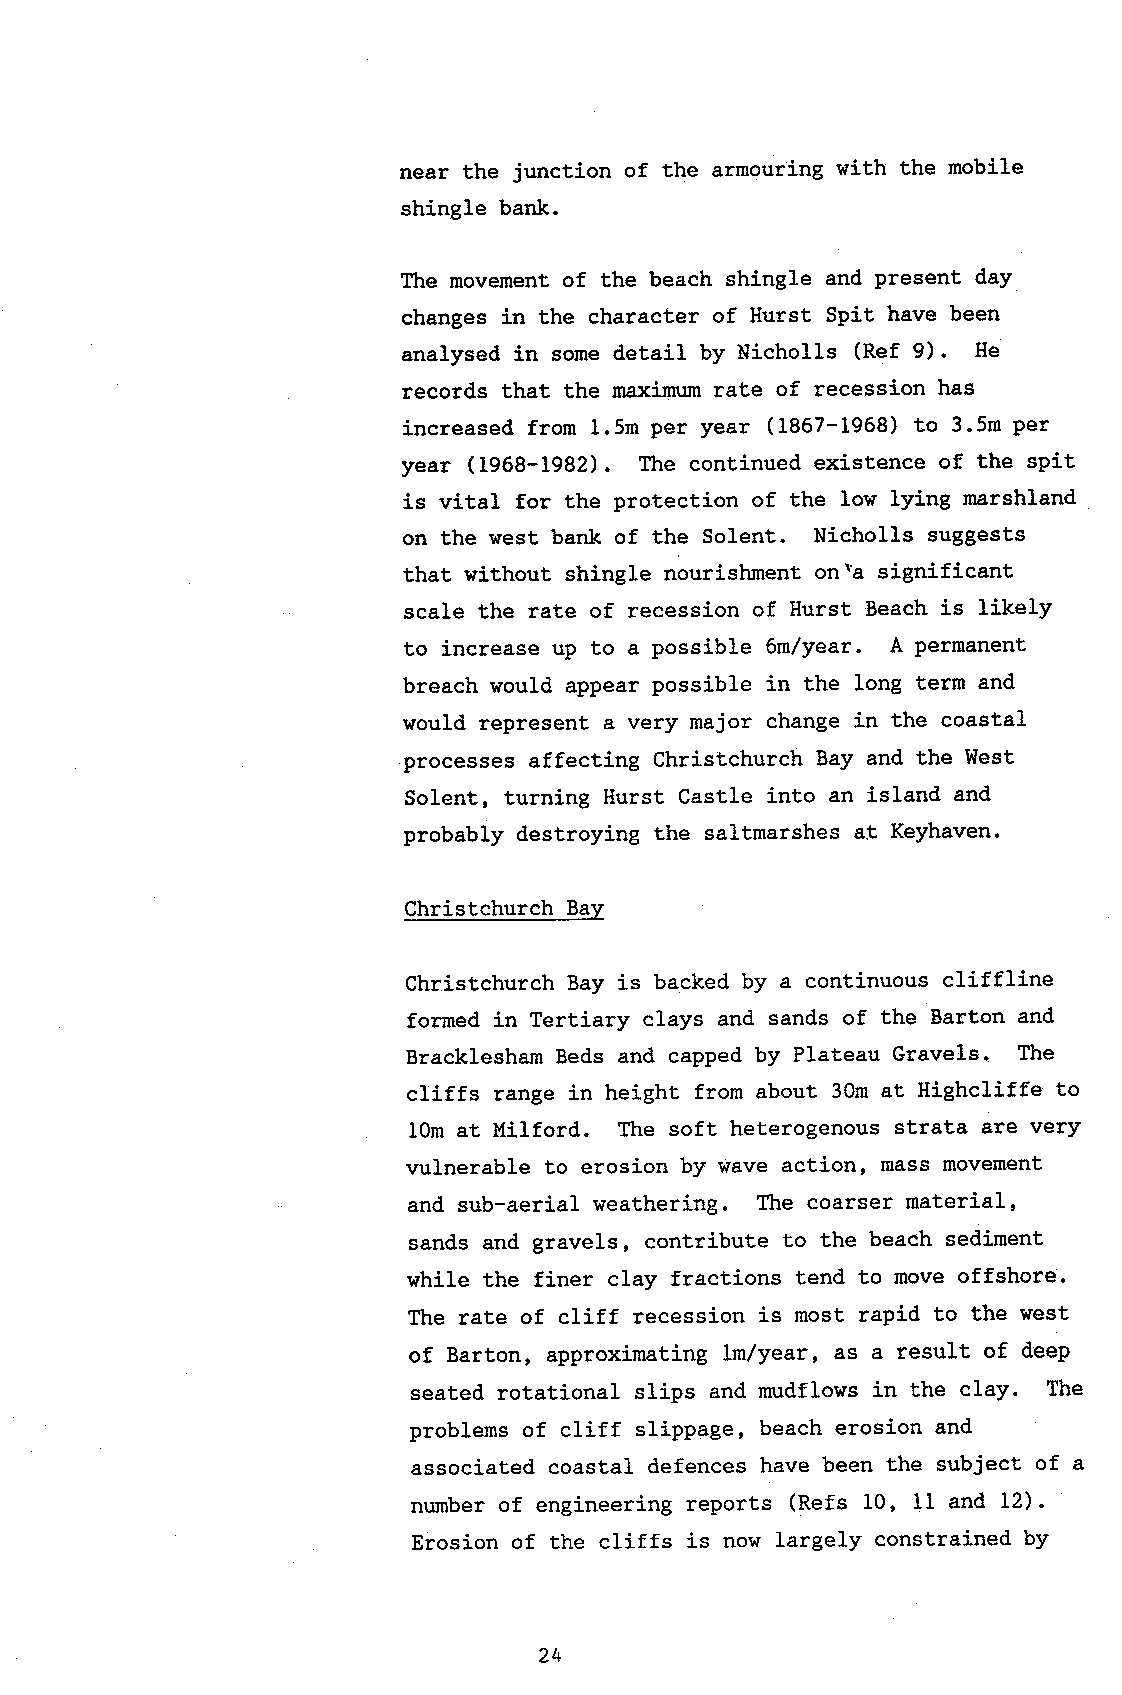
near the junction of the armouring with the mobile
 shingle bank.
 The movement of the beach shingle and present day
 changes in the character of Hurst Spit have been
 analysed in some detail by Nicholls (Ref 9). He
 records that the maximum rate of recession has
 increased from l.5m per year (1867-1968) to 3.5m per
 year (1968-1982). The continued existence of the spit
 is vital for the protection of the low lying marshland
 on the west bank of the Solent. Nicholls suggests
 that without shingle nourishment onla significant
 scale the rate of recession of Hurst Beach is likely
 to increase up to a possible 6mlyear. A permanent
 breach would appear possible in the long terrn and
 would represent a very major change in the coastal
 processes affecting Christchurch Bay and the West
 Solent, turning Hurst Castle into an island and
 probably destroying the saltmarshes at Keyhaven.
 Christchurch Bav
 Christchurch Bay is backed by a continuous cliffline
 formed in Tertiary clays and sands of the Barton and
 Bracklesham Beds and capped by Plateau Gravels. The
 cliffs range in height from about 30m at Highcliffe to
 lOm at Milford. The soft heterogenous strata are very
 vulnerable to erosion by wave acti-on' mass movement
 and sub-aerial weathering. The coarser material,
 sands and gravels, contribute to the beach sediment
 while the finer clay fractions tend to move offshore.
 The rate of cliff recession is most rapid to the west
 of Barton, approximating Lm/year, as a result of deep
 seated rotational slips and mudflows in the clay. The
 problems of cliff slippage, beach erosion and
 associated coastal defences have been the subject of a
 number of engineering reports (Refs 10, 11 and 12).
 Erosion of the cliffs is now largely constrained by
 24